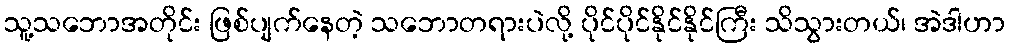
သူ့သဘောအတိုင်း ဖြစ်ပျက်နေတဲ့ သဘောတရားပဲလို့ ပိုင်ပိုင်နိုင်နိုင်ကြီး သိသွားတယ်၊ အဲဒါဟာ